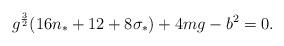
LaTeX: \begin{align*}g^{3\over 2}(16n_* + 12 + 8 \sigma_*)+4mg-b^2 = 0.\end{align*}